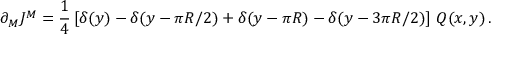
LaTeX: \partial _ { M } J ^ { M } = \frac { 1 } { 4 } \left[ \delta ( y ) - \delta ( y - \pi R / 2 ) + \delta ( y - \pi R ) - \delta ( y - 3 \pi R / 2 ) \right] \, { \cal Q } ( x , y ) \, .